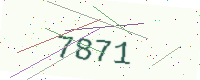
Text: 7871